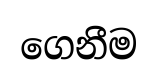
ගෙනීම